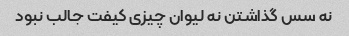
نه سس گذاشتن نه لیوان چیزی کیفت جالب نبود